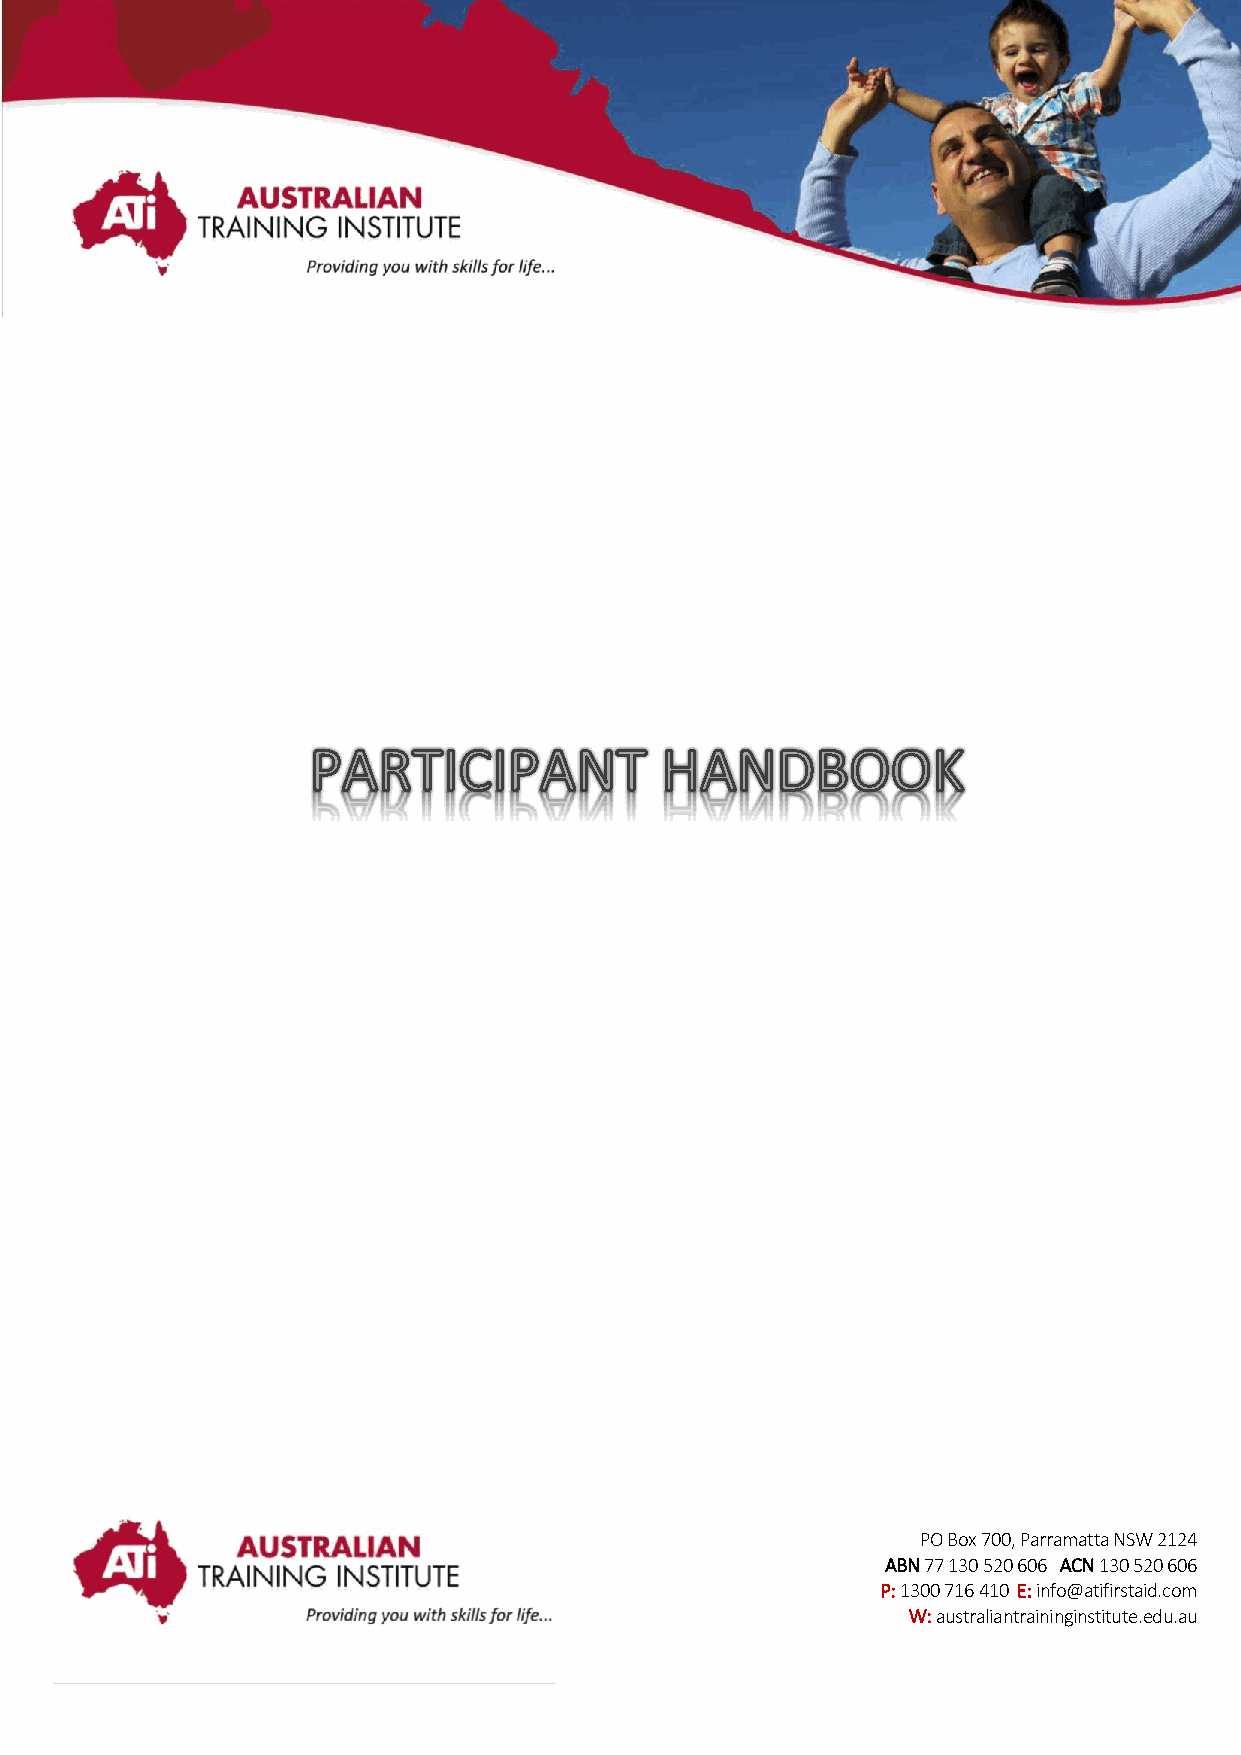
PO Box 700, Parramatta NSW 2124
 ABN 77 130 520 606 ACN 130 520 606
 P: 1300 716 410 E: info@atifirstaid.com
 W: australiantraininginstitute.edu.au